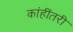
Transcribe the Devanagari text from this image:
कांहींतरी